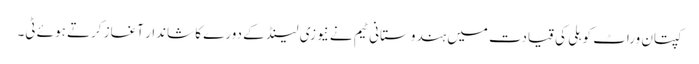
کپتان وراٹ کوہلی کی قیادت میں ہندوستانی ٹیم نے نیوزی لینڈ کے دورے کا شاندار آغاز کرتے ہوئے ٹی۔